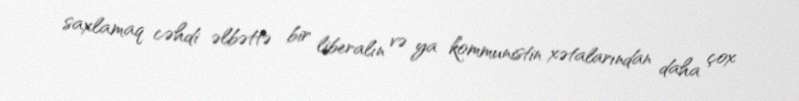
saxlamaq cəhdi əlbəttə bir liberalın və ya kommunistin xətalarından daha çox